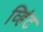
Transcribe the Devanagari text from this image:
व्हिंट